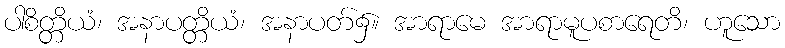
ပါစိတ္တိယံ၊ အနာပတ္တိယံ၊ အနာပတ်၌။ အာရာမေ အာရာမူပစာရေတိ၊ ဟူသော